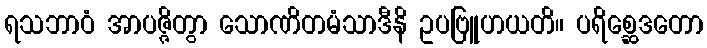
ရသဘာဝံ အာပဇ္ဇိတွာ သောဏိတမံသာဒီနိ ဥပဗြူဟယတိ။ ပရိစ္ဆေဒတော